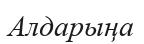
Алдарыңа